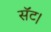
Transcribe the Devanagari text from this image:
सॅट।